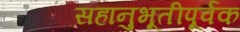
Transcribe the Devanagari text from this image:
सहानुभूतीपूर्वक